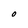
Character: O